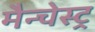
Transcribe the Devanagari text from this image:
मैन्चेस्ट्र